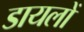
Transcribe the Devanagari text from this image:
डायलों